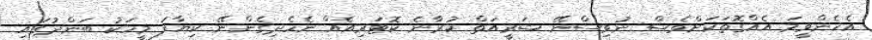
އެހެންވީމަ އެއްގޮތަކަށްވެސް ނުވިސްނޭ ޝަރީއަތް ކުރާނެ ކޮޓަރިއެއް ނެހެދިގެންނޭ ކިޔާފަ މީހަކު ބަންދުގައި